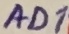
Text: AD1